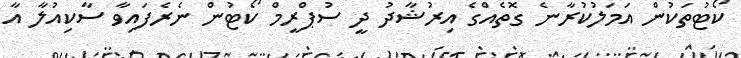
ކޯޓުތަކުން އަމަލުކުރާނެ ގޮތެއްގެ އިރުޝާދު ދީ ސުޕްރީމް ކޯޓުން ނެރެފައިވާ ސާކިއުލާ އާ